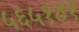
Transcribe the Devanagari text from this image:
५६५१४१